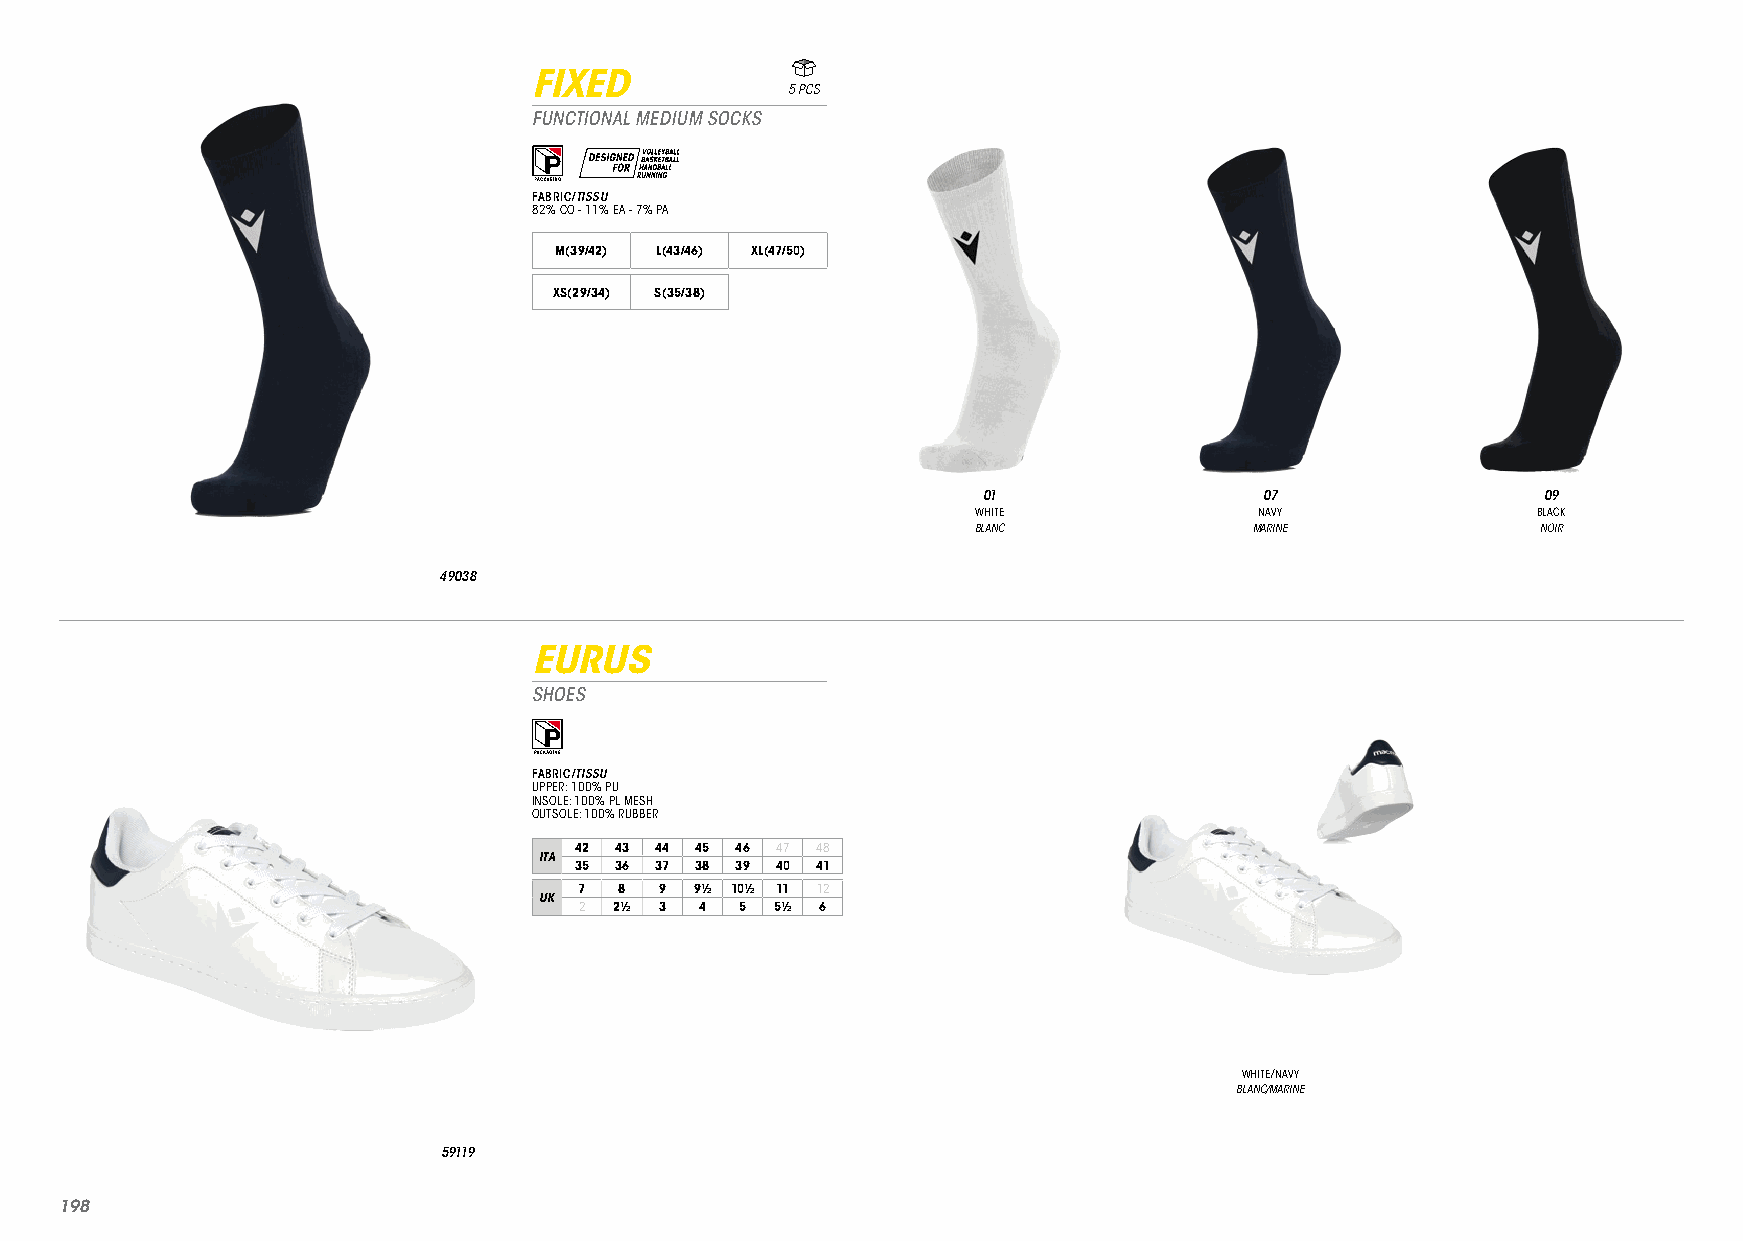
FIXED
 5 PCS
 FUNCTIONAL MEDIUM SOCKS
 FABRIC/TISSU
 82% CO - 11% EA - 7% PA
 M(39/42) L(43/46) XL(47/50)
 XS(29/34) S(35/38)
 01                 07                09
 WHITE             NAVY               BLACK
 BLANC             MARINE             NOIR
 49038
 EURUS
 SHOES
 FABRIC/TISSU
 UPPER: 100% PU
 INSOLE: 100% PL MESH
 OUTSOLE: 100% RUBBER
 42 43 44 45 46 47 48
 ITA
 35 36 37 38 39 40 41
 7  8  9 9½ 10½ 11 12
 UK
 2  2½ 3 4  5 5½ 6
 WHITE/NAVY
 BLANC/MARINE
 59119
 119988